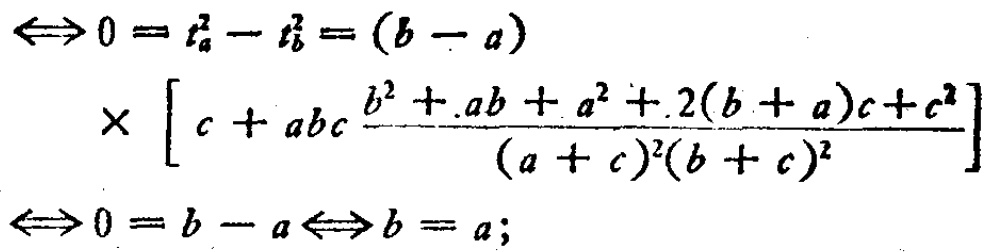
\(\Leftrightarrow 0 = t_{a}^{2}-t_{b}^{2}=(b - a)\)

\(\times \left[c + abc\frac{b^{2}+ab + a^{2}+2(b + a)c + c^{2}}{(a + c)^{2}(b + c)^{2}}\right]\)

\(\Leftrightarrow 0 = b - a\Leftrightarrow b = a;\)